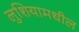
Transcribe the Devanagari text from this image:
लुशियामधील